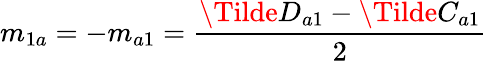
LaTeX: m_{1a}=-m_{a1}=\frac{\Tilde{D}_{a1}-\Tilde{C}_{a1}}{2}